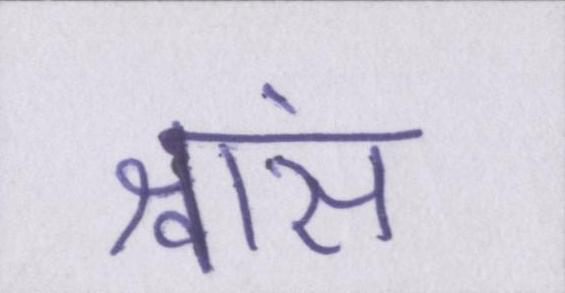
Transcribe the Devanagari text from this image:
श्वांस